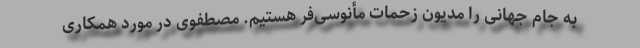
به جام جهانی را مدیون زحمات مأنوسی‌فر هستیم. مصطفوی در مورد همکاری